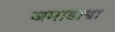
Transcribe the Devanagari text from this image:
जमाडोबा